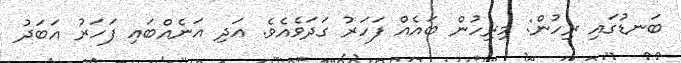
ބަނޑުގައި ރިހުން: މިރިހުން ބައެއް ފަހަރު ގަދަވެއެވެ. އަދި އަނެއްބައި ފަހަރު އަބަދު